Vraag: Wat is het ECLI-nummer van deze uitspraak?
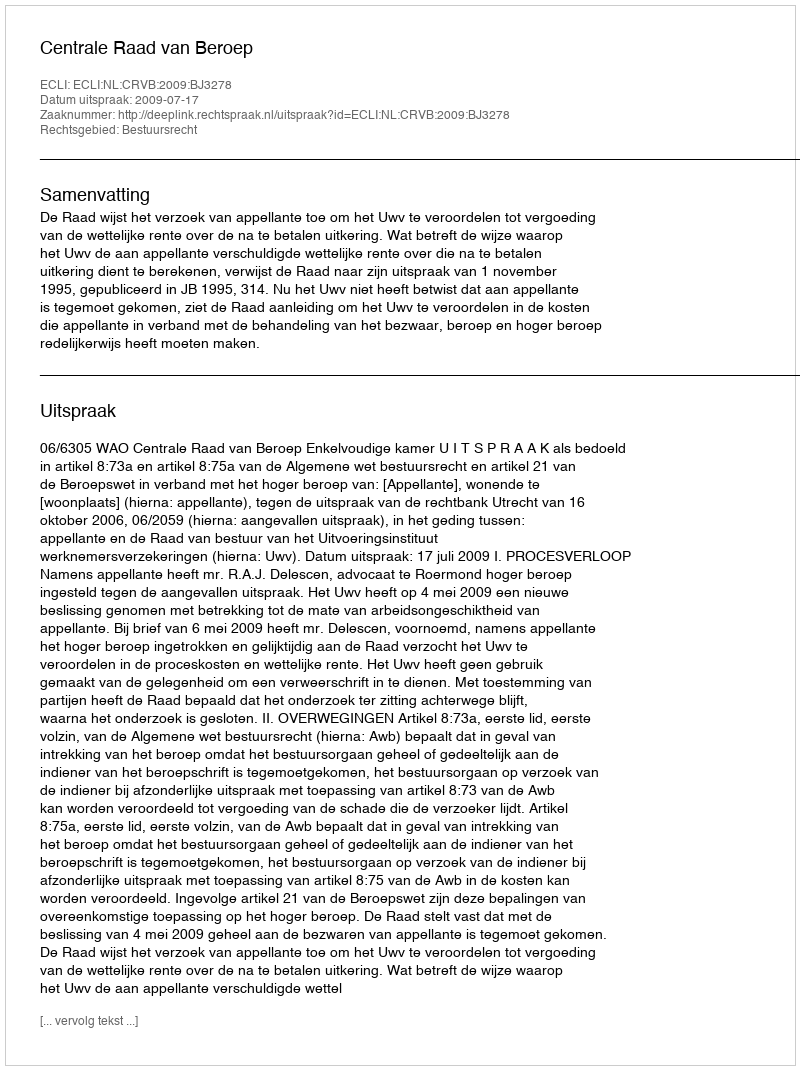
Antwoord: ECLI:NL:CRVB:2009:BJ3278